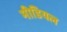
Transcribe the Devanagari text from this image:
मीडियल